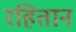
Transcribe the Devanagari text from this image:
रहितान